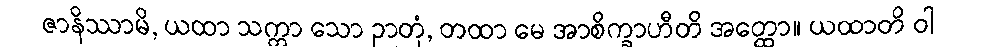
ဇာနိဿာမိ, ယထာ သက္ကာ သော ဉာတုံ, တထာ မေ အာစိက္ခာဟီတိ အတ္ထော။ ယထာတိ ဝါ